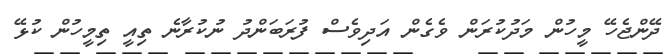
ދޭންޖެހޭ މީހުން މަދުކުރަން ވެގެން އަދިވެސް ފުރަބަންދު ނުކުރާނެ ތިއީ ތިމީހުން ކުޅޭ